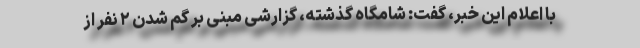
با اعلام این خبر، گفت: شامگاه گذشته، گزارشی مبنی بر گم شدن ۲ نفر از